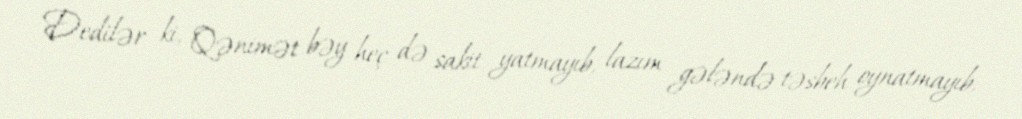
Dedilər ki, Qənimət bəy heç də sakit yatmayıb, lazım gələndə təsbeh oynatmayıb,